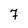
Character: 7